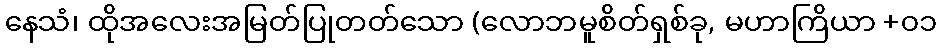
နေသံ၊ ထိုအလေးအမြတ်ပြုတတ်သော (လောဘမူစိတ်ရှစ်ခု, မဟာကြိယာ +၀၁